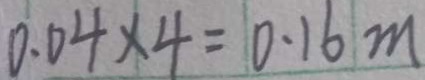
0 . 0 4 \times 4 = 0 . 1 6 m